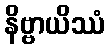
နိဗ္ဗာယိဿံ